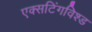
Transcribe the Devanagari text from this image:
एक्सटिंगविश्ड